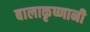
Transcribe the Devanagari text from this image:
बालाकृष्णानी